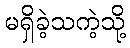
မရှိခဲ့သကဲ့သို့